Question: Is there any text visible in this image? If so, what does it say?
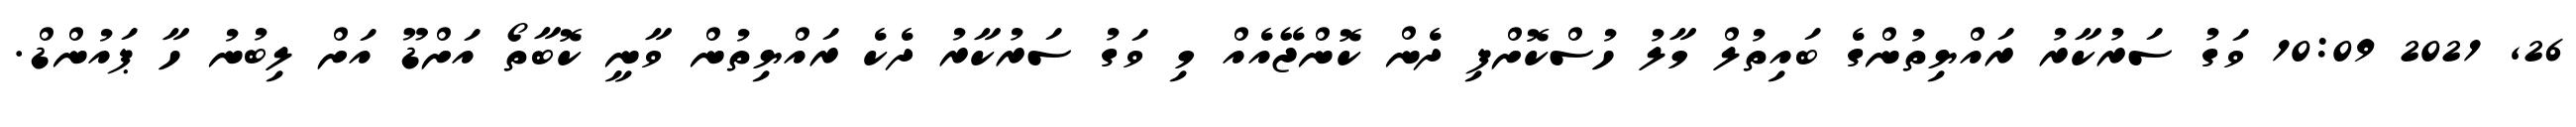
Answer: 26, 2021 10:09 ވަގު ސަރުކާރު ރައްޔިތުންގެ ބައިތުލް މާލު ހުސްކޮށްފި ދެން ކޮންޖޭއެއް މި ވަގު ސަރުކާރު ދެކެ ރައްޔިތުން ވާނީ ކޮބާތޯ އަށްޑޫ އަށް ލިބުނު ހާ ޕައުންޑް.